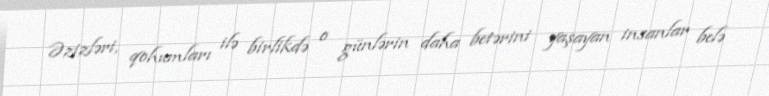
Əzizləri, qohumları ilə birlikdə o günlərin daha betərini yaşayan insanlar belə